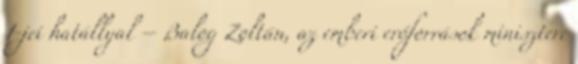
1-jei hatállyal – Balog Zoltán, az emberi erőforrások minisztere